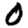
Digit: 0